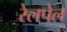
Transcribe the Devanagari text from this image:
रेलपेल